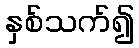
နှစ်သက်၍